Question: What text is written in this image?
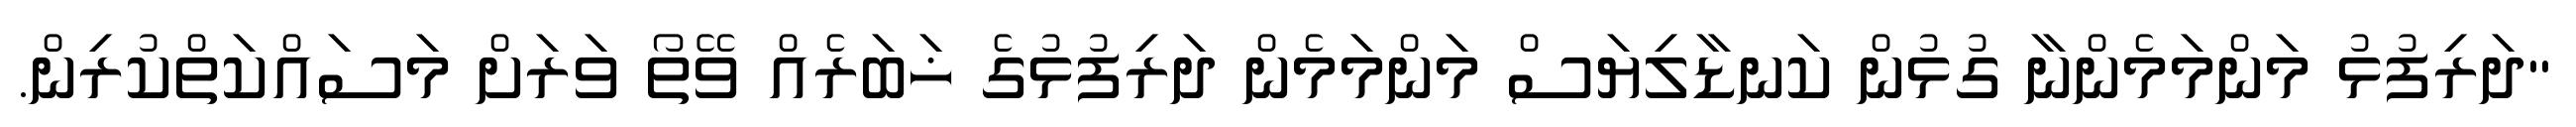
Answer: "ދަރިފުޅު މަންމަމެންނާ ގުޅުން ކަނޑާލިޔަސް މަންމަމެން ދަރިފުޅުގެ ޚަބަރެއް ވޭތޯ ވަރަށް މަސައްކަތްކުރިން.